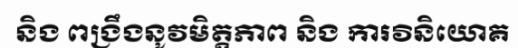
និង ពង្រឹងនូវមិត្តភាព និង ការវិនិយោគ